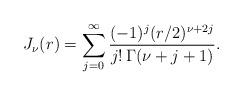
LaTeX: \begin{align*}J_\nu(r)=\sum_{j=0}^\infty \frac{(-1)^j (r/2)^{\nu+2j}}{j!\,\Gamma(\nu+j+1)}.\end{align*}